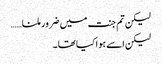
لیکن تم جنت میں ضرور ملنا……
لیکن اسے ہوا کیا تھا۔